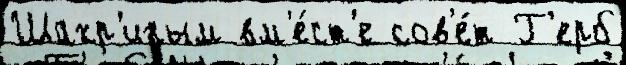
Шахр'иным вм'е́ст'е сов'е́т Г'ерб